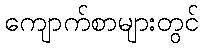
ကျောက်စာများတွင်